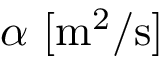
\alpha \ [ \mathrm { m ^ { 2 } / s } ]